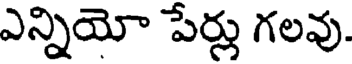
ఎన్నియో పేర్లు గలవు.